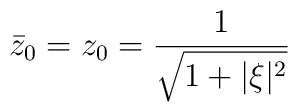
{\bar z}_0=z_0=\frac{1}{\sqrt{1+\vert \xi\vert^2}}